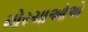
મોરચાઓએ